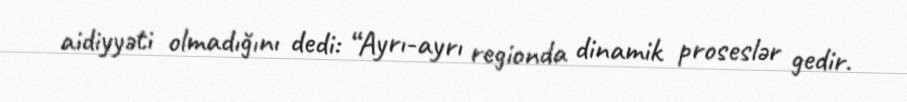
aidiyyəti olmadığını dedi: “Ayrı-ayrı regionda dinamik proseslər gedir.